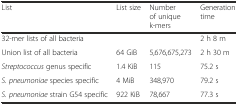
| List | List size | Number of unique k-mers | Generation time |
 | --- | --- | --- | --- |
 | 32-mer lists of all bacteria |  |  | 2 h 8 m |
 | Union list of all bacteria | 64 GiB | 5,676,675,273 | 2 h 30 m |
 | Streptococcus genus specific | 1.4 KiB | 115 | 75.2 s |
 | S. pneumoniae species specific | 4 MiB | 348,970 | 79.2 s |
 | S. pneumoniae strain G54 specific | 922 KiB | 78,667 | 77.3 s |